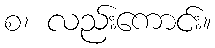
စ၊ လည်းကောင်း။